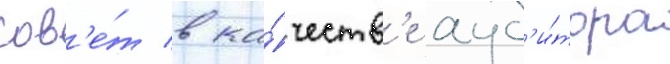
сов'е́т в ка́честв'е ауд'и́тора